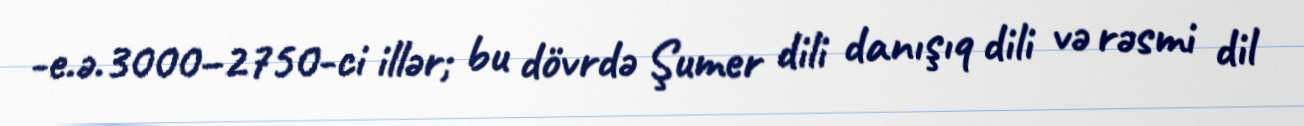
-e.ə.3000–2750-ci illər; bu dövrdə Şumer dili danışıq dili və rəsmi dil